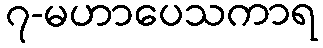
၇-မဟာပေသကာရ